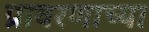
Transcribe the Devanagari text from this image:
प्रावरणाच्या